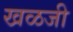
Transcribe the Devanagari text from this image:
खळजी